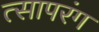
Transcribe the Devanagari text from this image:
त्सापरंग